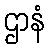
ဌာနံ